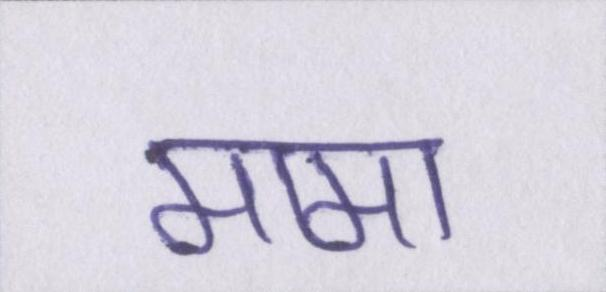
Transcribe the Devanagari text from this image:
मामा